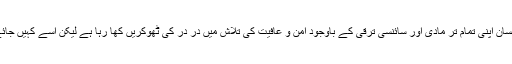
نتیجتاً دورِ جدید کا انسان اپنی تمام تر مادی اور سائنسی ترقی کے باوجود امن و عافیت کی تلاش میں در در کی ٹھوکریں کھا رہا ہے لیکن اسے کہیں جائے پناہ نہیں مل رہی۔